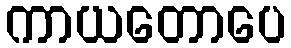
ကာယတောပေ